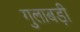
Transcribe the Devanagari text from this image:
गुलाबड़ी